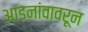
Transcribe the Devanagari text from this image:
आडनांवावरून